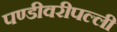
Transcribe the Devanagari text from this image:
पण्डीवरीपल्ली